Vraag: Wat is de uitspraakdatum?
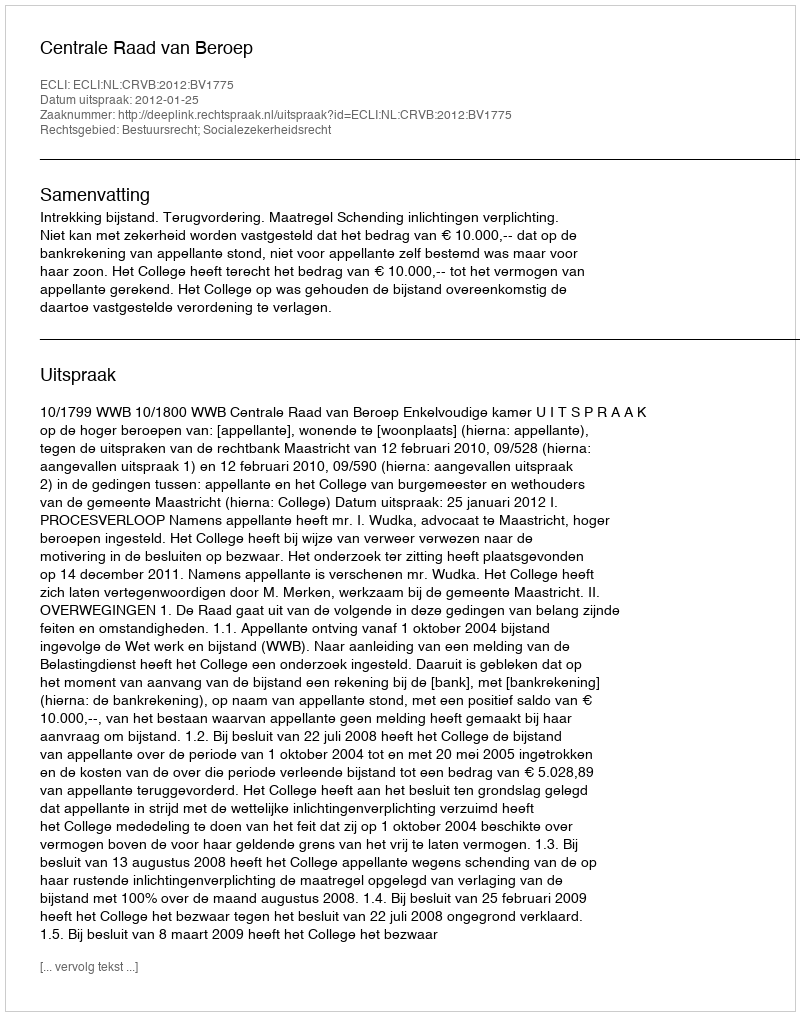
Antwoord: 2012-01-25